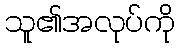
သူ၏အလုပ်ကို